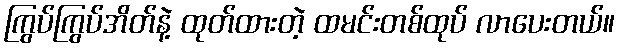
ကြွပ်ကြွပ်အိတ်နဲ့ ထုတ်ထားတဲ့ ထမင်းတစ်ထုပ် လာပေးတယ်။